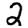
Digit: 2